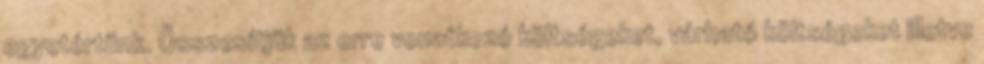
egyetértünk. Összesítjük az erre vonatkozó költségeket, várható költségeket illetve